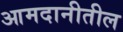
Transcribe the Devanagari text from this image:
आमदानीतील